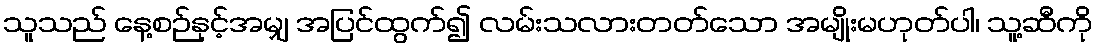
သူသည် နေ့စဉ်နှင့်အမျှ အပြင်ထွက်၍ လမ်းသလားတတ်သော အမျိုးမဟုတ်ပါ၊ သူ့ဆီကို